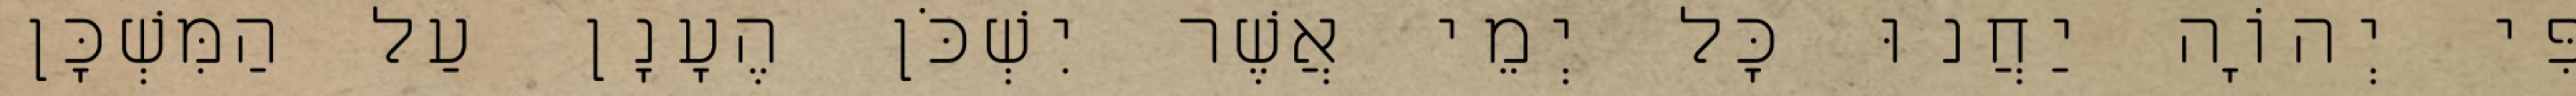
פִּי יְהוָֹה יַחֲנוּ כָּל יְמֵי אֲשֶׁר יִשְׁכֹּן הֶעָנָן עַל הַמִּשְׁכָּן